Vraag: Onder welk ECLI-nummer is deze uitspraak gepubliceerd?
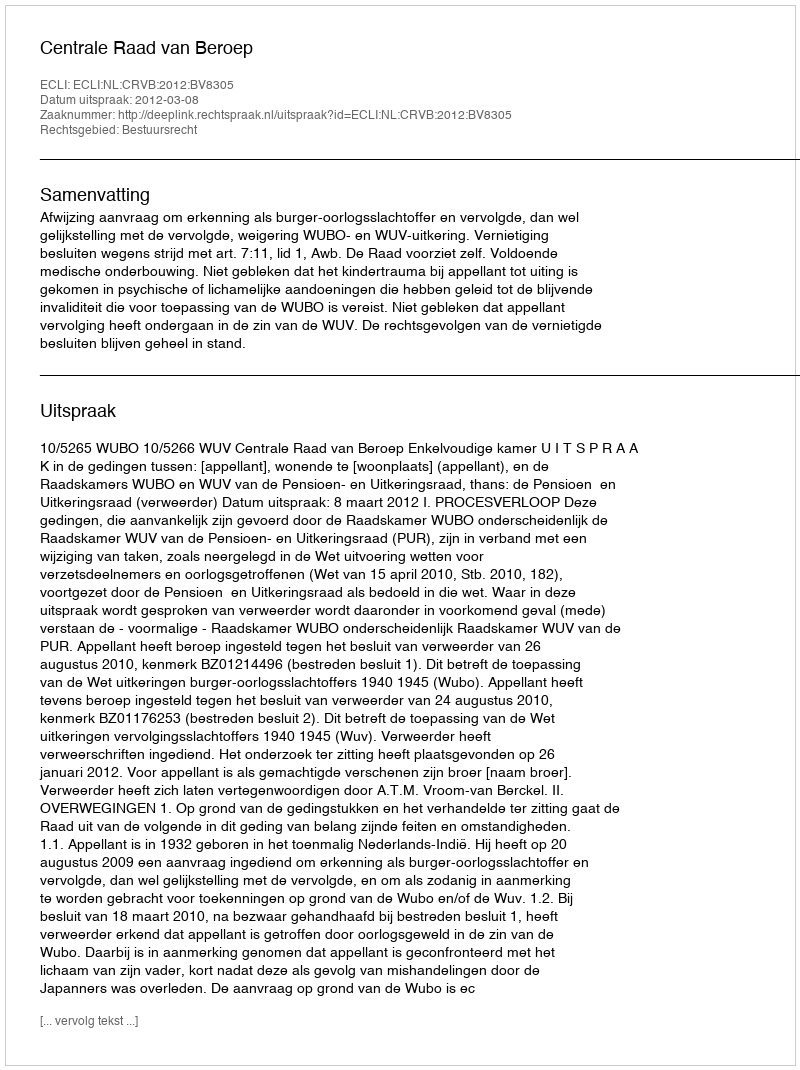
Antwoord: ECLI:NL:CRVB:2012:BV8305